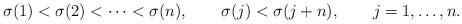
LaTeX: \begin{align*}\sigma (1) < \sigma (2) < \cdots < \sigma (n),\qquad \sigma (j) < \sigma (j+n), \qquad j=1,\ldots,n.\end{align*}